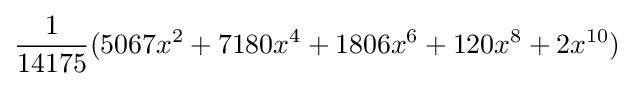
{\frac {1}{14175}}(5067x^{2}+7180x^{4}+1806x^{6}+120x^{8}+2x^{10})